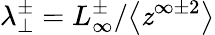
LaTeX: \lambda_{\perp}^{\pm}=L_{\infty}^{\pm}/\big<\mathit{z}^{\infty\pm2}\big>